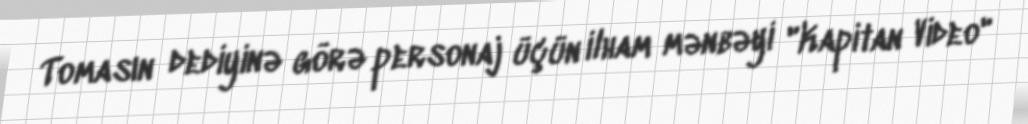
Tomasın dediyinə görə personaj üçün ilham mənbəyi "Kapitan Video"